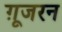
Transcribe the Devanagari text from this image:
ग़ूजरन